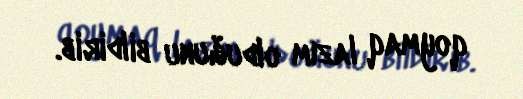
qoymaq lazım olduğunu bildirib.